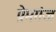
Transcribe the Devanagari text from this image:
प्रेमगंज